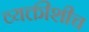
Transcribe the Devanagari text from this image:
व्यक्तीशीच